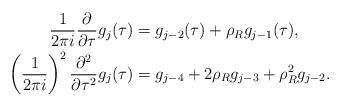
LaTeX: \begin{align*} \frac{1}{2 \pi i}\frac{\partial}{\partial \tau} g_j(\tau)& = g_{j-2}(\tau) + \rho_R g_ {j-1}(\tau), \\ \left(\frac{1}{2 \pi i}\right)^2 \frac{\partial^2}{\partial \tau^2} g_j(\tau) & = g_{j-4} + 2 \rho_R g_{j-3} + \rho_R^2 g_{j-2}. \end{align*}